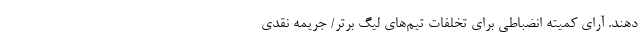
دهند. آرای کمیته انضباطی برای تخلفات تیم‌های لیگ برتر/ جریمه نقدی